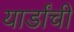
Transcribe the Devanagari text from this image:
यार्डांची